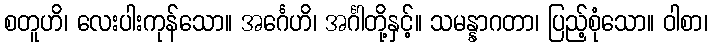
စတူဟိ၊ လေးပါးကုန်သော။ အင်္ဂေဟိ၊ အင်္ဂါတို့နှင့်။ သမန္နာဂတာ၊ ပြည့်စုံသော။ ဝါစာ၊